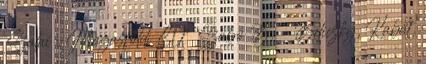
Szalai , Magasföldi 80’ Szabó B. – Beliczky, Kabát,